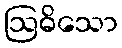
ဩဓိသော